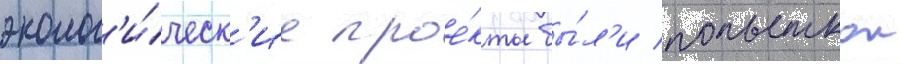
эколог'и́ческ'ие прое́кты бы́л'и попыткои